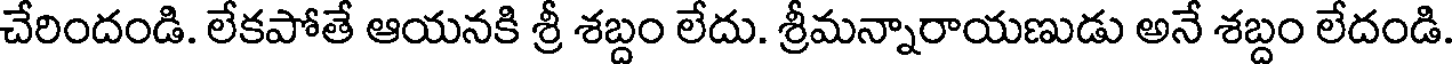
చేరిందండి. లేకపోతే ఆయనకి శ్రీ శబ్దం లేదు. శ్రీమన్నారాయణుడు అనే శబ్దం లేదండి